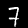
Digit: 7